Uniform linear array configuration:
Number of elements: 32
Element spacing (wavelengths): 0.5
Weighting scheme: uniform
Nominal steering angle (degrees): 15
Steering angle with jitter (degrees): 15.202
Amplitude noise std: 0.05
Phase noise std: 0.05

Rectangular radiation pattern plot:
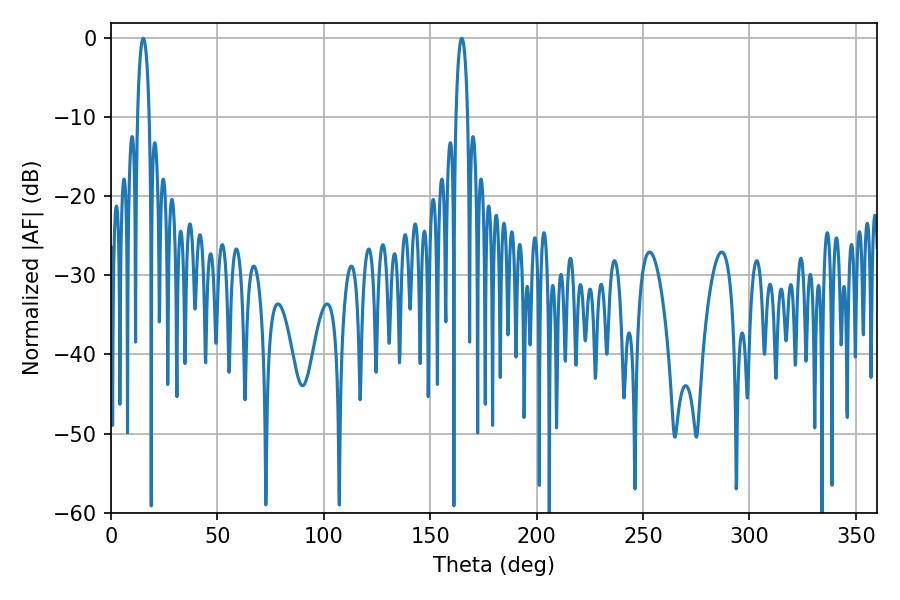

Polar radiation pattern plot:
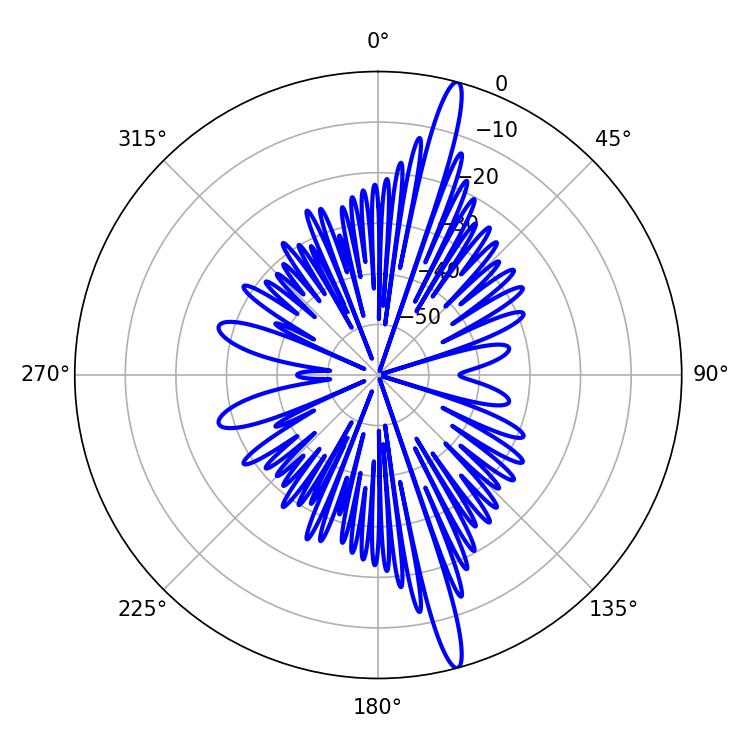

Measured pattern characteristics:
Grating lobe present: FALSE
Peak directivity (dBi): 17.78
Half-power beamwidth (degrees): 3.06
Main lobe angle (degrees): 164.88